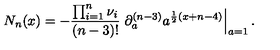
N _ { n } ( x ) = - \frac { \prod _ { i = 1 } ^ { n } \nu _ { i } } { ( n - 3 ) ! } \left. \partial _ { a } ^ { ( n - 3 ) } a ^ { \frac { 1 } { 2 } ( x + n - 4 ) } \right| _ { a = 1 } .